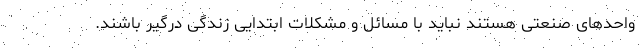
واحدهای صنعتی هستند نباید با مسائل و مشکلات ابتدایی زندگی درگیر باشند.